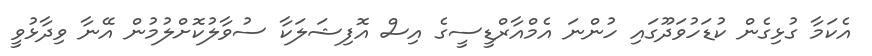
އެކަމާ ގުޅިގެން ކުޑަހުވަދޫގައި ހުންނަ އެމްއާރްޑީސީގެ އިސް އޮފިޝަލަކާ ސުވާލުކޮށްލުމުން އޭނާ ވިދާޅުވީ